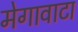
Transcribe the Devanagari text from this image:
मेगावाटा